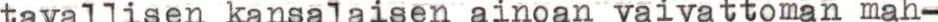
tavallisen kansalaisen ainoan vaivattoman mah-